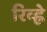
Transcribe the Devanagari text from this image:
रिव्ह्ने